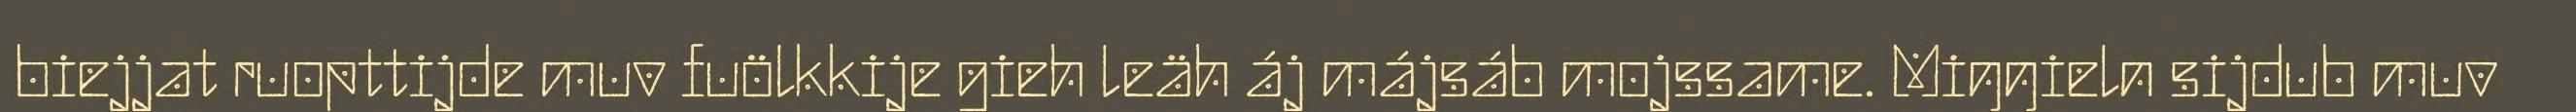
biejjat ruopttijde muv fuölkkije gieh leäh áj májsáb mojssame. Miŋŋieln sijdub muv